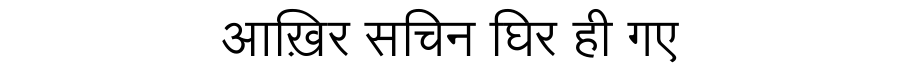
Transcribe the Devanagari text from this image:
आख़िर सचिन घिर ही गए